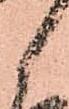
候